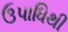
ઉપાધિથી